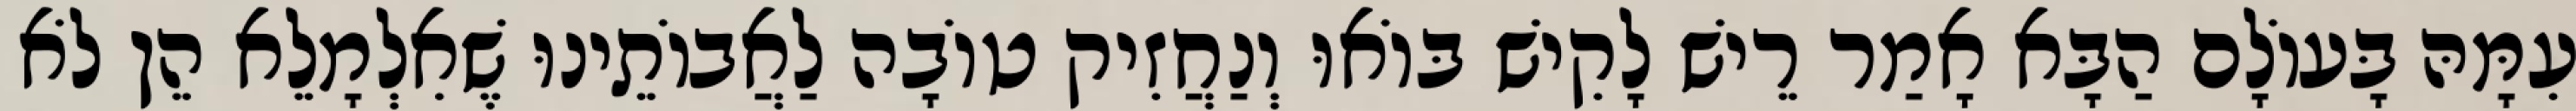
עִמָּהּ בָּעוֹלָם הַבָּא אָמַר רֵישׁ לָקִישׁ בּוֹאוּ וְנַחֲזִיק טוֹבָה לַאֲבוֹתֵינוּ שֶׁאִלְמָלֵא הֵן לֹא